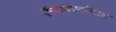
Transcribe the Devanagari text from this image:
ऍन्वायरनमेण्टल